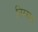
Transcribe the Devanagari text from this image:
निरखत